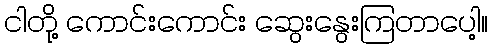
ငါတို့ ကောင်းကောင်း ဆွေးနွေးကြတာပေါ့။